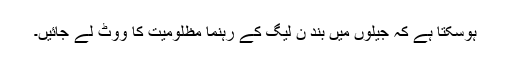
ہوسکتا ہے کہ جیلوں میں بند ن لیگ کے رہنما مظلومیت کا ووٹ لے جائیں۔